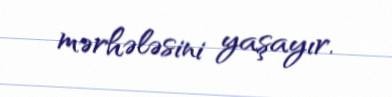
mərhələsini yaşayır.